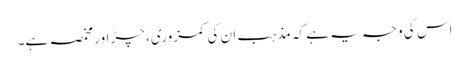
اس کی وجہ یہ ہے کہ مذہب ان کی کمزوری، چڑ اور مخمصہ ہے۔